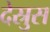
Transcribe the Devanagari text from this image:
देस्रुस